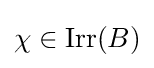
\chi \in \mathrm {Irr} (B)